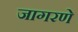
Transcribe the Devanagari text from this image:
जागरणे